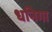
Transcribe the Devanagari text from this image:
धनिगा